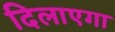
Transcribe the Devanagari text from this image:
दिलाएगा